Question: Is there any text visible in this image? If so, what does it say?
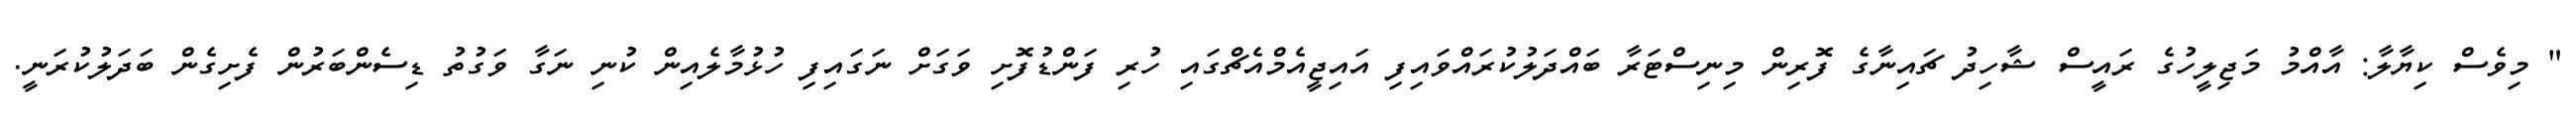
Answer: " މިވެސް ކިޔާލާ: އާއްމު މަޖިލީހުގެ ރައީސް ޝާހިދު ޗައިނާގެ ފޮރިން މިނިސްޓަރާ ބައްދަލުކުރައްވައިފި އައިޖީއެމްއެޗްގައި ހުރި ފަންޑުފޮށި ވަގަށް ނަގައިފި ހުޅުމާލެއިން ކުނި ނަގާ ވަގުތު ޑިސެންބަރުން ފެށިގެން ބަދަލުކުރަނީ.